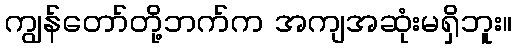
ကျွန်တော်တို့ဘက်က အကျအဆုံးမရှိဘူး။